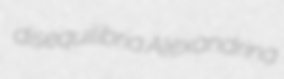
disequilibria Alexandrina